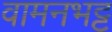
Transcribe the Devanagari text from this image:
वामनभट्ट